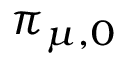
\pi _ { \mu , 0 }